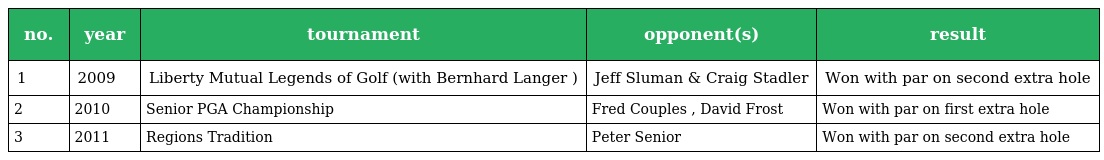
| no. | year | tournament | opponent(s) | result |
 | --- | --- | --- | --- | --- |
 | 1 | 2009 | Liberty Mutual Legends of Golf (with Bernhard Langer ) | Jeff Sluman & Craig Stadler | Won with par on second extra hole |
 | 2 | 2010 | Senior PGA Championship | Fred Couples , David Frost | Won with par on first extra hole |
 | 3 | 2011 | Regions Tradition | Peter Senior | Won with par on second extra hole |